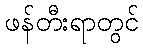
ဖန်တီးရာတွင်